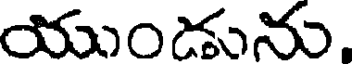
యుండును,